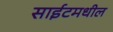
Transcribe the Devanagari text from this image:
साईटमधील